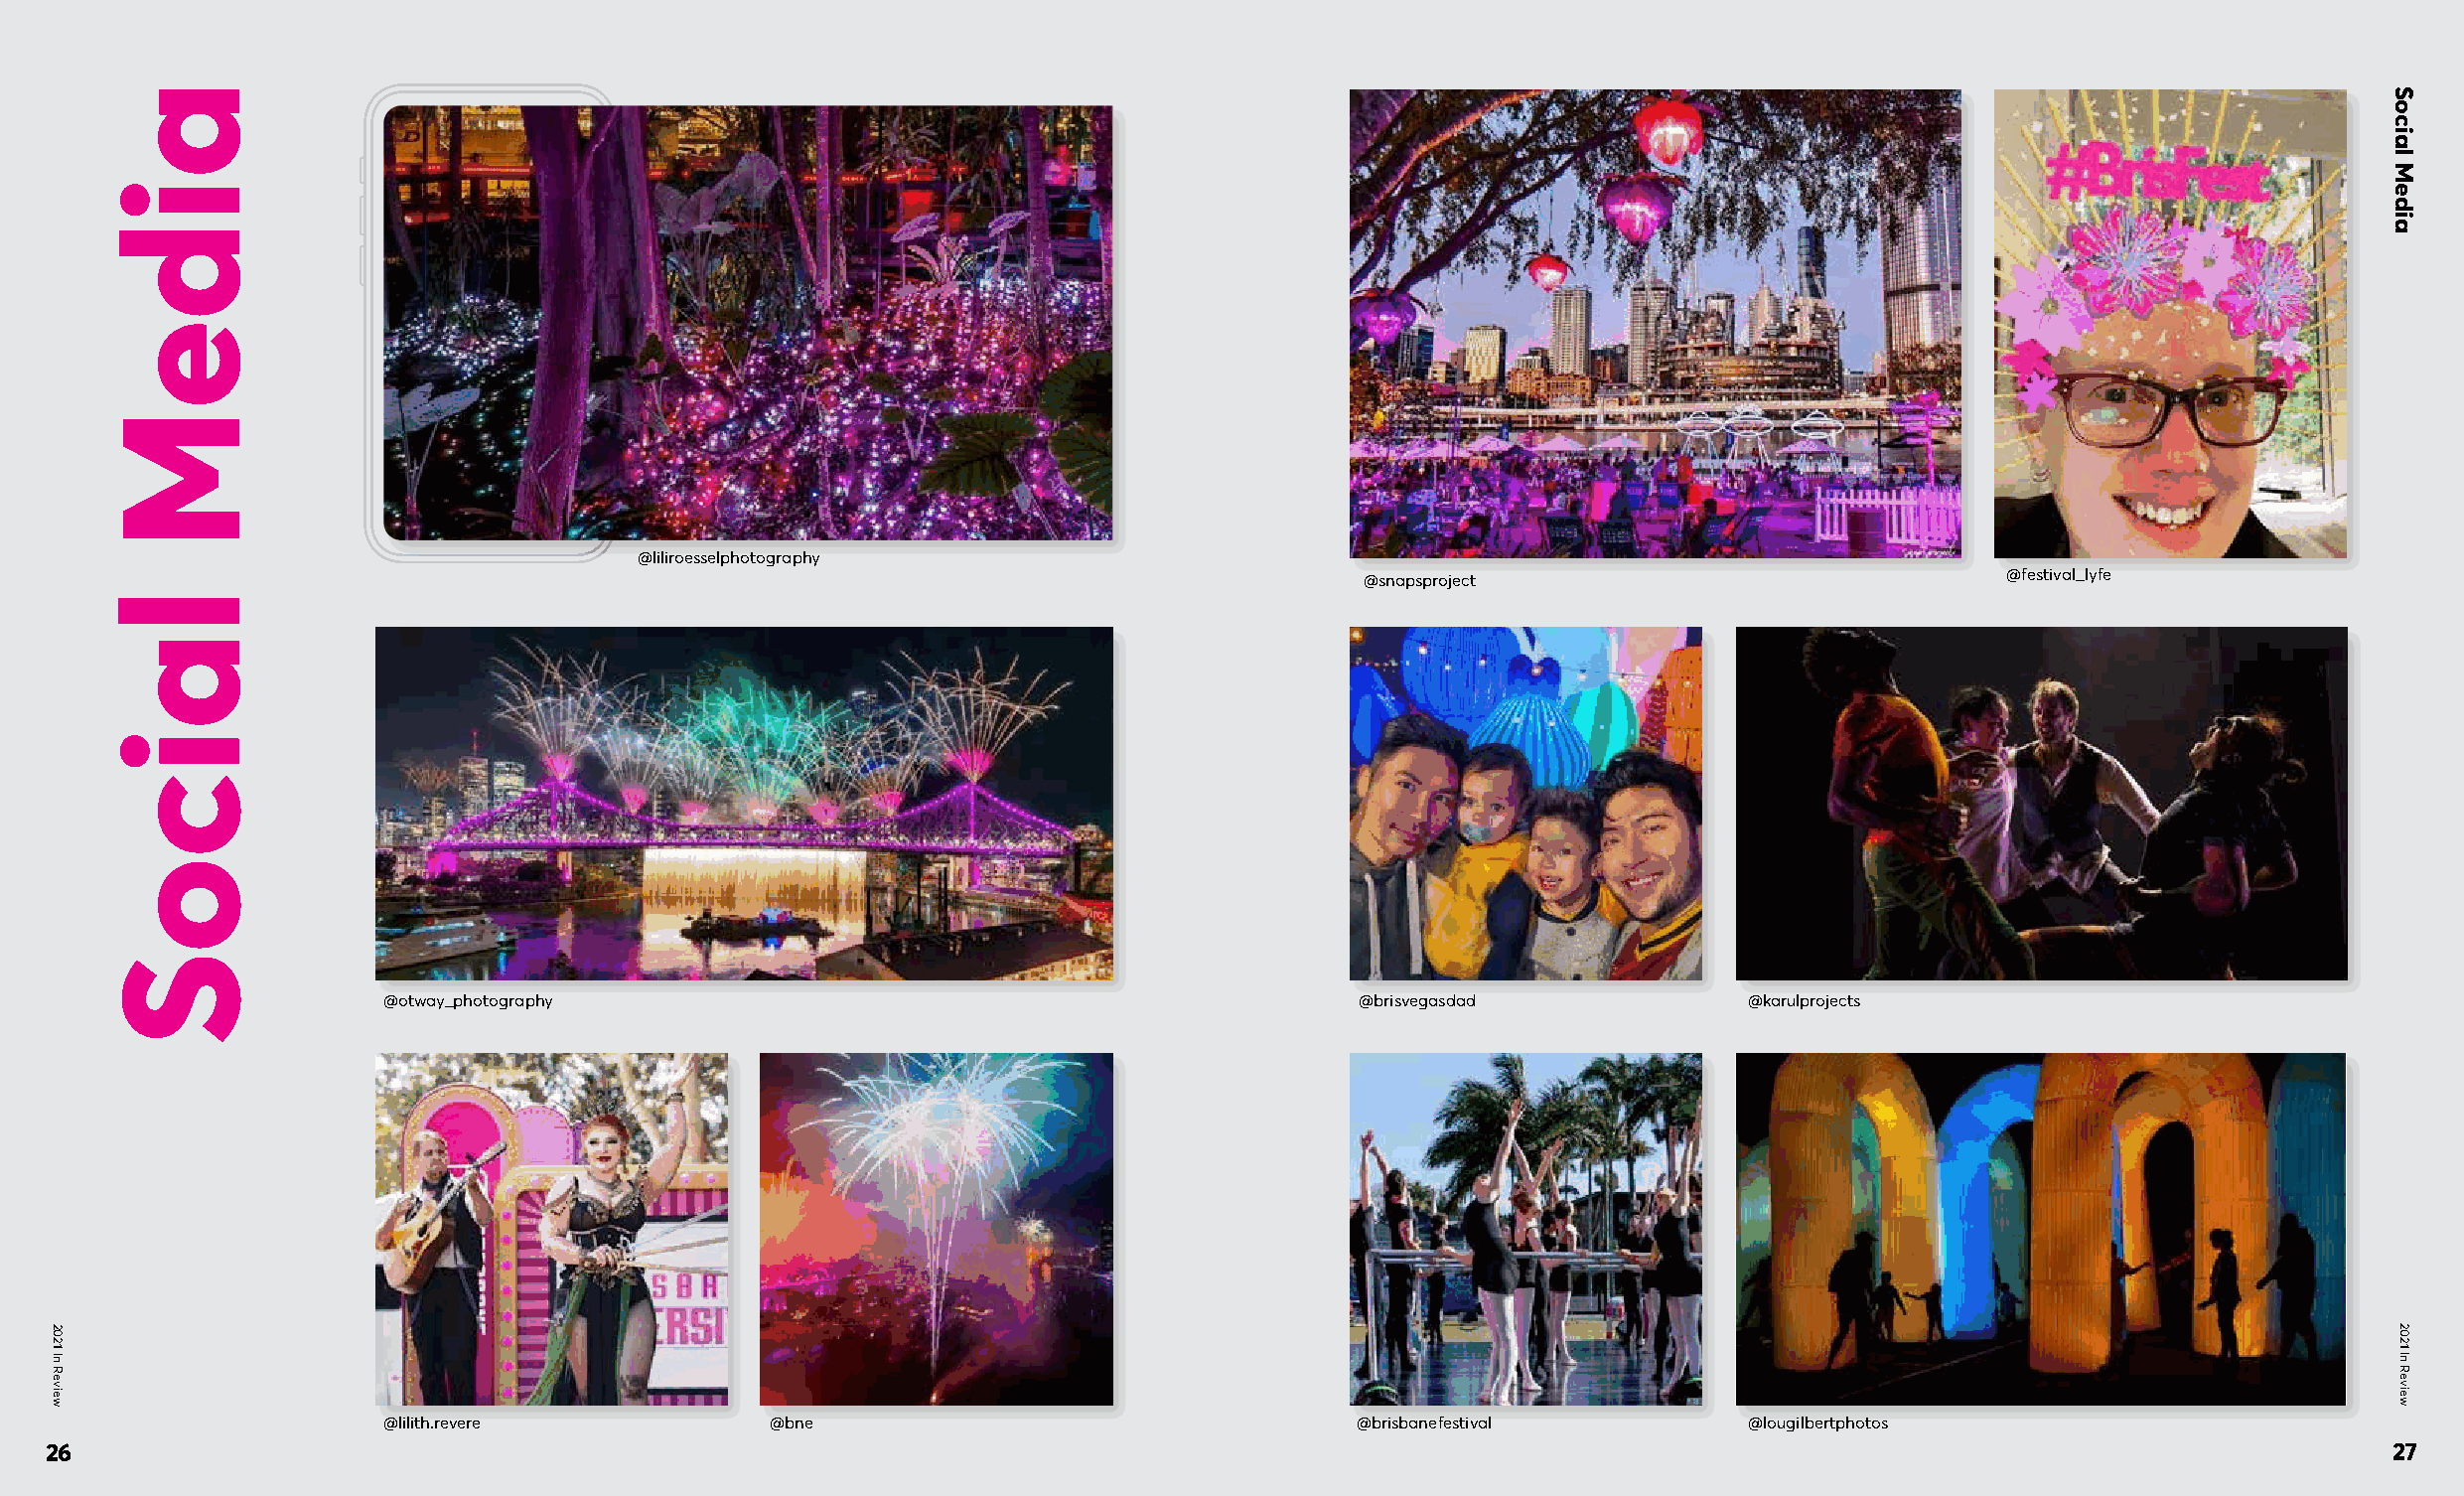
@liliroesselphotography
 @festival_lyfe
 @snapsproject
 @otway_photography                                               @brisvegasdad            @karulprojects
 @lilith.revere           @bne                                   @brisbanefestival         @lougilbertphotos
 26                                                                                                                                                          27
 2021
 In
 Review
 aideM
 laicoS
 Social
 Media
 2021
 In
 Review